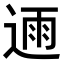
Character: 𮞛